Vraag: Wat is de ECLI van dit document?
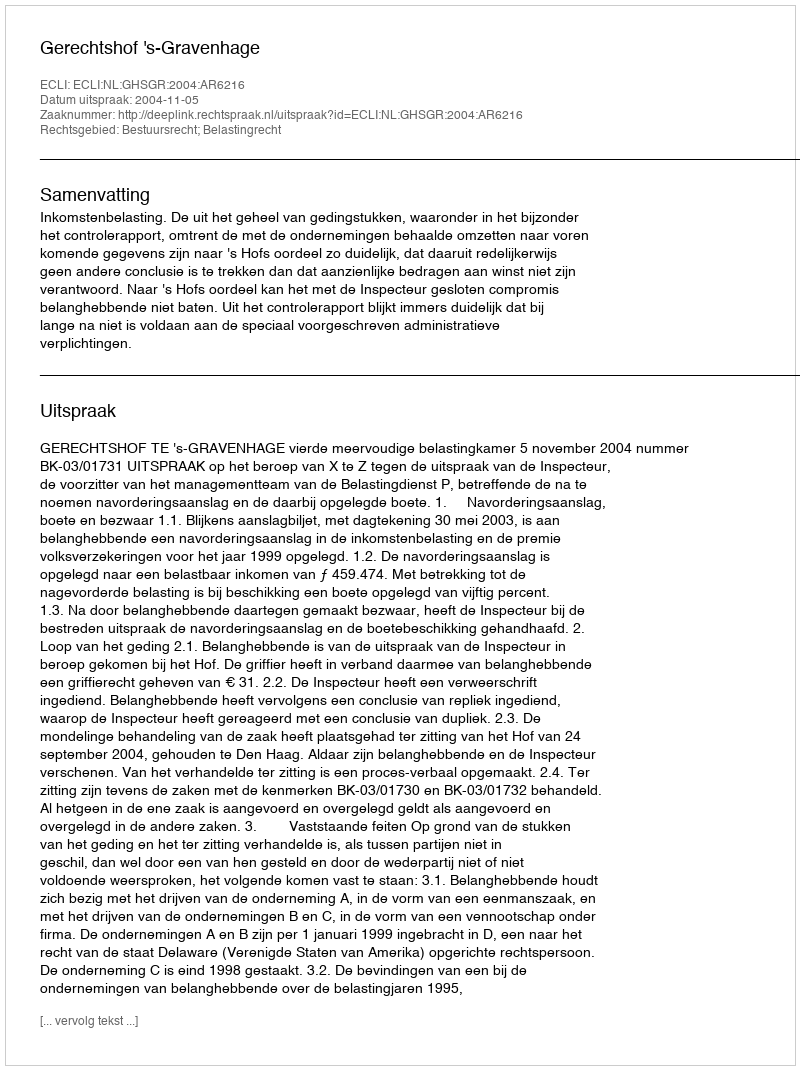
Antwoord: ECLI:NL:GHSGR:2004:AR6216